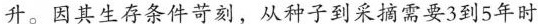
升。因其生存条件苛刻，从种子到采摘需要3到5年时